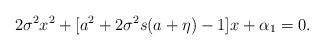
LaTeX: \begin{align*}2\sigma^2 x^2 + [a^2 + 2\sigma^2 s(a + \eta) - 1]x + \alpha_1 = 0. \end{align*}